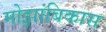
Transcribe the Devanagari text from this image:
मोझांबिकास